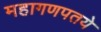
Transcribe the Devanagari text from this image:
महागणपतये